Vaccination in Burma 1920-1933 - 1920-1933
Year: 1920
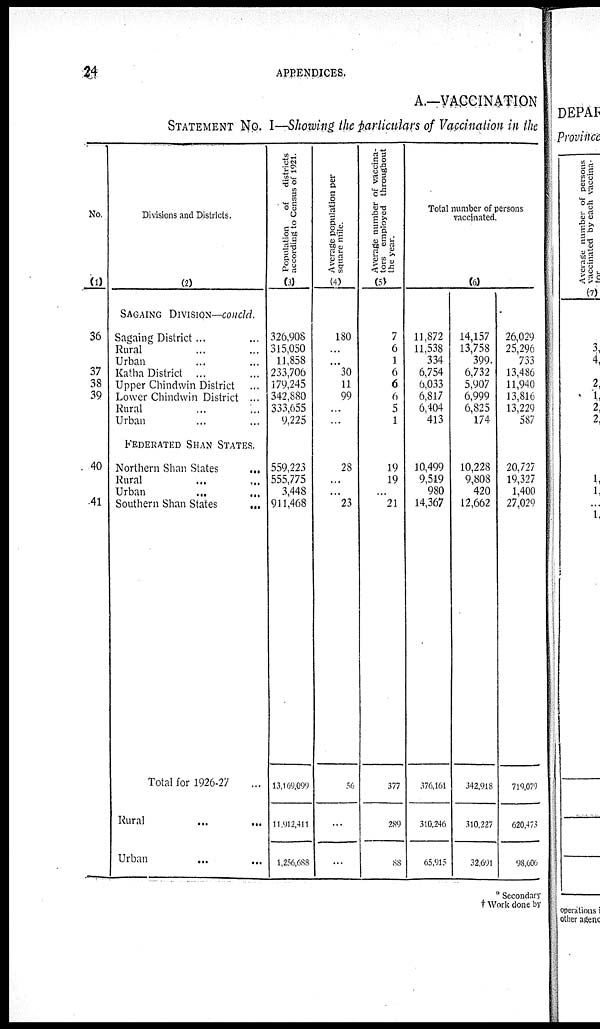
24
APPENDICES.
A.—VACCINATION
STATEMENT NO. I—Showing the particulars of Vaccination in the
No.
(1)
36
37
38
39
40
41
Divisions and Districts.
(2)
SAGAING DIVISION—concld.
Sagaing District ... ...
Rural ... ...
Urban ... ...
Katha District ... ...
Upper Chindwin District ...
Lower Chindwin District ...
Rural ... ...
Urban ... ...
FEDERATED SHAN STATES.
Northern Shan States
...
Rural ... ...
Urban ... ...
Southern Shan States
...
Total for 1926-27 ...
Rural ... ...
Urban ... ...
Population
of
districts
according to Census of 1921.
(3)
326,908
315,050
11,858
233,706
179,245
342,880
333,655
9,225
559,223
555,775
3,448
911,468
13,169,099
11,912,411
1,256,688
Average population per
square mile.
(4)
180
...
...
30
11
99
...
...
28
...
...
23
56
...
...
Average number of vaccina-
tors employed throughout
the year.
(5)
7
6
1
6
6
6
5
1
19
19
...
21
377
289
88
Total number of persons
vaccinated.
(6)
11,872
11,538
334
6,754
6,033
6,817
6,404
413
10,499
9,519
980
14,367
376,161
310,246
65,915
14,157
13,758
399
6,732
5,907
6,999
6,825
174
10,228
9,808
420
12,662
342,918
310,227
32,691
26,029
25,296
733
13,486
11,940
13,816
13,229
587
20,727
19,327
1,400
27,029
719,079
620,473
98,606
* Secondary
† Work done by